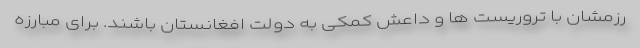
رزمشان با تروریست ها و داعش کمکی به دولت افغانستان باشند. برای مبارزه